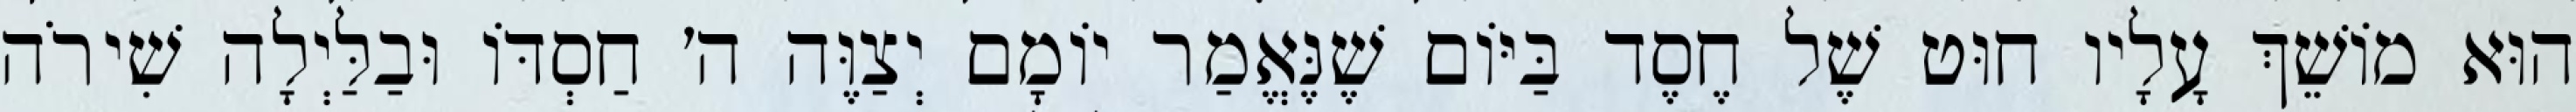
הוּא מוֹשֵׁךְ עָלָיו חוּט שֶׁל חֶסֶד בַּיּוֹם שֶׁנֶּאֱמַר יוֹמָם יְצַוֶּה ה׳ חַסְדּוֹ וּבַלַּיְלָה שִׁירֹה